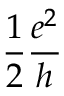
{ \frac { 1 } { 2 } } { \frac { e ^ { 2 } } { h } }